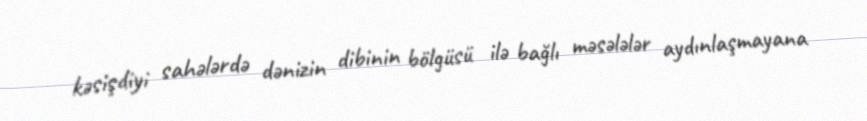
kəsişdiyi sahələrdə dənizin dibinin bölgüsü ilə bağlı məsələlər aydınlaşmayana